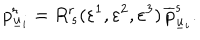
p _ { \underline { { { u } } } _ { i } } ^ { r } = R _ { \, s } ^ { r } ( \varepsilon ^ { 1 } , \varepsilon ^ { 2 } , \varepsilon ^ { 3 } ) \, \overline { { { p } } } _ { \underline { { { u } } } _ { i } } ^ { s } .